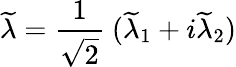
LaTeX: \widetilde{\lambda}=\frac{1}{\sqrt{2}}\ (\widetilde{\lambda}_{1}+i\widetilde{\lambda}_{2})